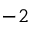
^ { - 2 }